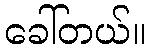
ခေါ်တယ်။